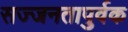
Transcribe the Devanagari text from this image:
सज्जनतापुर्वक